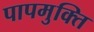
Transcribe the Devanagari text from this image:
पापमुक्ति